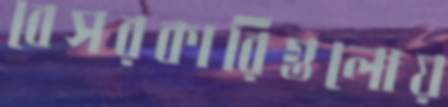
বেসরকারিগুলোয়